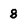
Character: 8